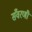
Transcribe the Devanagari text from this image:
सँवरणी